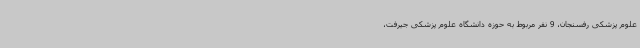
علوم پزشکی رفسنجان، 9 نفر مربوط به حوزه دانشگاه علوم پزشکی جیرفت،